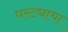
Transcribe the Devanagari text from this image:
घरट्याचा